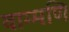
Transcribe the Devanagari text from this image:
वाग्मणि